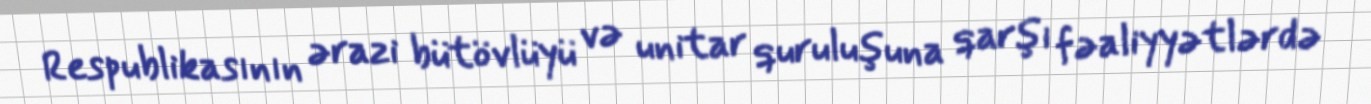
Respublikasının ərazi bütövlüyü və unitar quruluşuna qarşı fəaliyyətlərdə